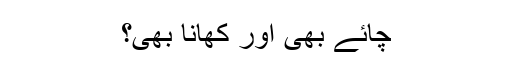
چائے بھی اور کھانا بھی؟